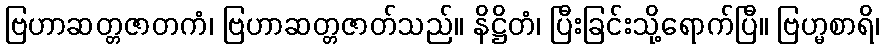
ဗြဟာဆတ္တဇာတကံ၊ ဗြဟာဆတ္တဇာတ်သည်။ နိဋ္ဌိတံ၊ ပြီးခြင်းသို့ရောက်ပြီ။ ဗြဟ္မစာရိ၊